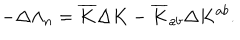
- \Delta \Lambda _ { n } = { \overline { { K } } } \Delta K - { \overline { { K } } _ { a b } } \Delta K ^ { a b } .